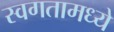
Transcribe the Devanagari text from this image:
स्वगतामध्ये